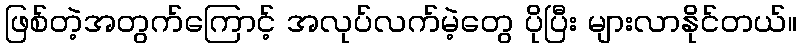
ဖြစ်တဲ့အတွက်ကြောင့် အလုပ်လက်မဲ့တွေ ပိုပြီး များလာနိုင်တယ်။